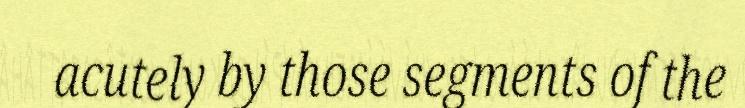
acutely by those segments of the